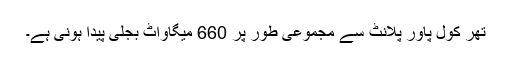
تھر کول پاور پلانٹ سے مجموعی طور پر 660 میگاواٹ بجلی پیدا ہونی ہے۔